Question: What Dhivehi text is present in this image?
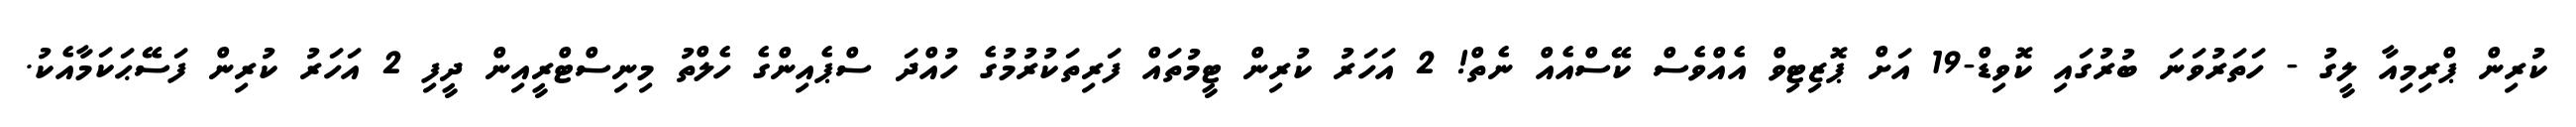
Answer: ކުރިން ޕްރިމިއާ ލީގު - ހަތަރުވަނަ ބުރުގައި ކޮވިޑް-19 އަށް ޕޮޒިޓިވް އެއްވެސް ކޭސްއެއް ނެތް! 2 އަހަރު ކުރިން ޓީމުތައް ފަރިތަކުރުމުގެ ހުއްދަ ސްޕެއިންގެ ހެލްތު މިނިސްޓްރީއިން ދީފި 2 އަހަރު ކުރިން ފަސޭޙަކަމާއެކު.